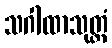
သဂါထာသုတ္တံ